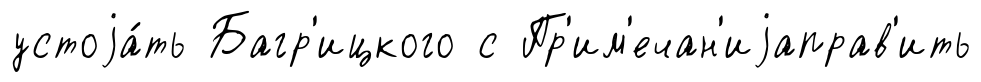
устоjа́ть Багр'ицкого с Пр'им'ечан'иjаправ'ить